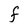
Character: F